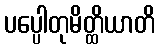
ပပ္ပေါတုမိတ္ထိယာတိ